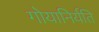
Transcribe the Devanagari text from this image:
गोयानिर्यति